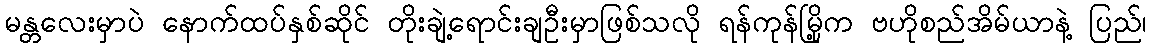
မန္တလေးမှာပဲ နောက်ထပ်နှစ်ဆိုင် တိုးချဲ့ရောင်းချဦးမှာဖြစ်သလို ရန်ကုန်မြို့က ဗဟိုစည်အိမ်ယာနဲ့ ပြည်၊